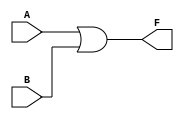
module kmap_two_variable (
    input wire A,  // Input A
    input wire B,  // Input B
    output wire F  // Output F(A, B)
);

// Implementing the simplified Boolean expression F(A, B) = A + B
assign F = A | B;

endmodule